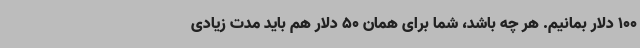
100 دلار بمانیم. هر چه باشد، شما برای همان 50 دلار هم باید مدت زیادی